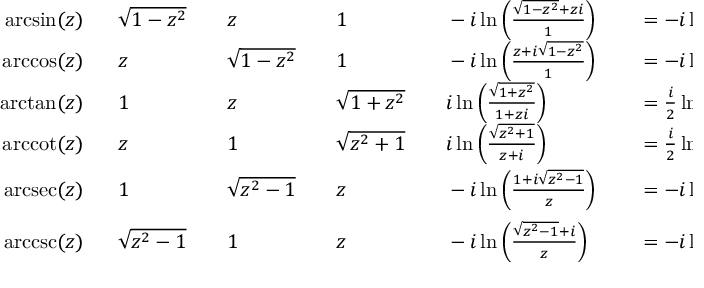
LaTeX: \begin{array} { r l r l r l r l r l r l } { \arcsin ( z ) \ \ } & { { } { \sqrt { 1 - z ^ { 2 } } } } & { } & { { } z } & { } & { { } 1 } & { } & { { } - i \ln \left( { \frac { { \sqrt { 1 - z ^ { 2 } } } + z i } { 1 } } \right) } & { } & { { } = - i \ln \left( { \sqrt { 1 - z ^ { 2 } } } + z i \right) } & { } & { { } \operatorname { I m } \left( \ln \left( { \sqrt { 1 - z ^ { 2 } } } + z i \right) \right) } \\ { \operatorname { a r c c o s } ( z ) \ \ } & { { } z } & { } & { { } { \sqrt { 1 - z ^ { 2 } } } } & { } & { { } 1 } & { } & { { } - i \ln \left( { \frac { z + i { \sqrt { 1 - z ^ { 2 } } } } { 1 } } \right) } & { } & { { } = - i \ln \left( z + { \sqrt { z ^ { 2 } - 1 } } \right) } & { } & { { } \operatorname { I m } \left( \ln \left( z + { \sqrt { z ^ { 2 } - 1 } } \right) \right) } \\ { \arctan ( z ) \ \ } & { { } 1 } & { } & { { } z } & { } & { { } { \sqrt { 1 + z ^ { 2 } } } } & { } & { { } i \ln \left( { \frac { \sqrt { 1 + z ^ { 2 } } } { 1 + z i } } \right) } & { } & { { } = { \frac { i } { 2 } } \ln \left( { \frac { i + z } { i - z } } \right) } & { } & { { } \operatorname { I m } \left( \ln \left( 1 + z i \right) \right) } \\ { \operatorname { a r c c o t } ( z ) \ \ } & { { } z } & { } & { { } 1 } & { } & { { } { \sqrt { z ^ { 2 } + 1 } } } & { } & { { } i \ln \left( { \frac { \sqrt { z ^ { 2 } + 1 } } { z + i } } \right) } & { } & { { } = { \frac { i } { 2 } } \ln \left( { \frac { z - i } { z + i } } \right) } & { } & { { } \operatorname { I m } \left( \ln \left( z + i \right) \right) } \\ { \operatorname { a r c s e c } ( z ) \ \ } & { { } 1 } & { } & { { } { \sqrt { z ^ { 2 } - 1 } } } & { } & { { } z } & { } & { { } - i \ln \left( { \frac { 1 + i { \sqrt { z ^ { 2 } - 1 } } } { z } } \right) } & { } & { { } = - i \ln \left( { \frac { 1 } { z } } + { \sqrt { { \frac { 1 } { z ^ { 2 } } } - 1 } } \right) } & { } & { { } \operatorname { I m } \left( \ln \left( 1 + { \sqrt { 1 - z ^ { 2 } } } \right) \right) } \\ { \operatorname { a r c c s c } ( z ) \ \ } & { { } { \sqrt { z ^ { 2 } - 1 } } } & { } & { { } 1 } & { } & { { } z } & { } & { { } - i \ln \left( { \frac { { \sqrt { z ^ { 2 } - 1 } } + i } { z } } \right) } & { } & { { } = - i \ln \left( { \sqrt { 1 - { \frac { 1 } { z ^ { 2 } } } } } + { \frac { i } { z } } \right) } & { } & { { } \operatorname { I m } \left( \ln \left( { \sqrt { z ^ { 2 } - 1 } } + i \right) \right) } \end{array}